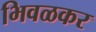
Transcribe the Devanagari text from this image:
भिवळकर